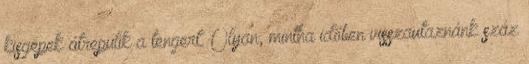
kisgépek átrepülik a tengert. Olyan, mintha időben visszautaznánk száz